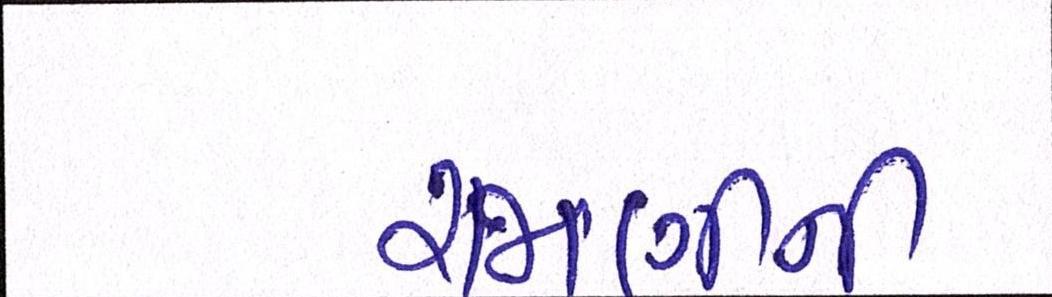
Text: રાજાણીની